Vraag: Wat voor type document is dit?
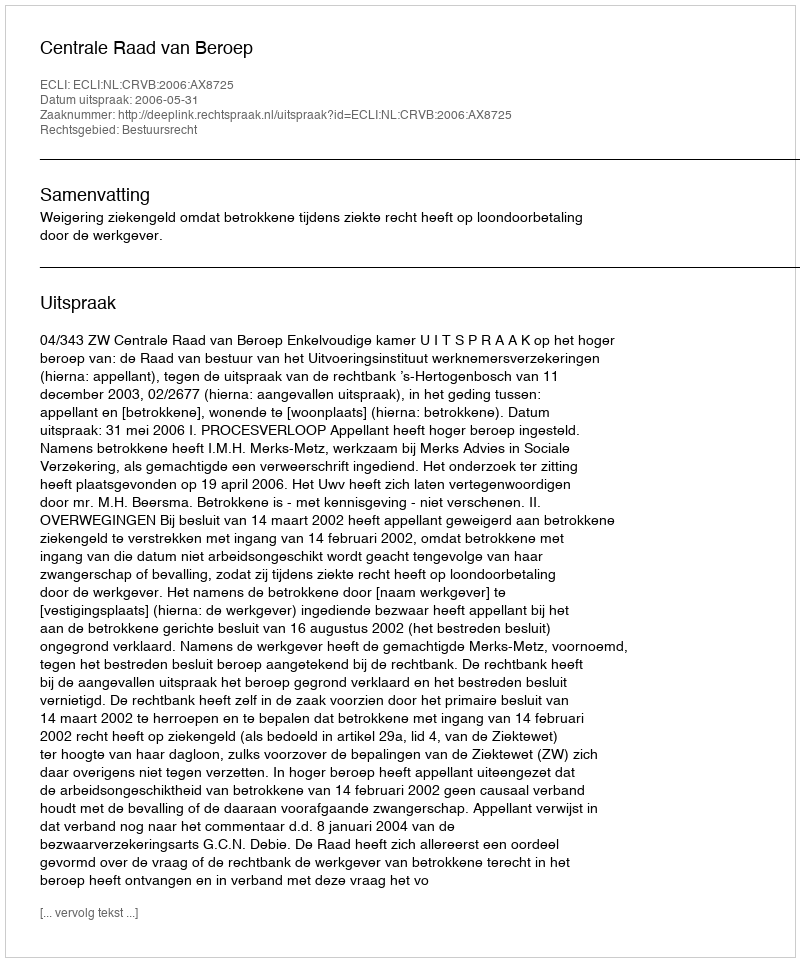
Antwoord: Uitspraak